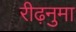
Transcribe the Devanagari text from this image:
रीढ़नुमा